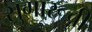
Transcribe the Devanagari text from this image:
सुगारूची